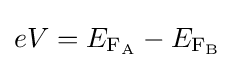
eV=E_{\rm {F_{A}}}-E_{\rm {F_{B}}}